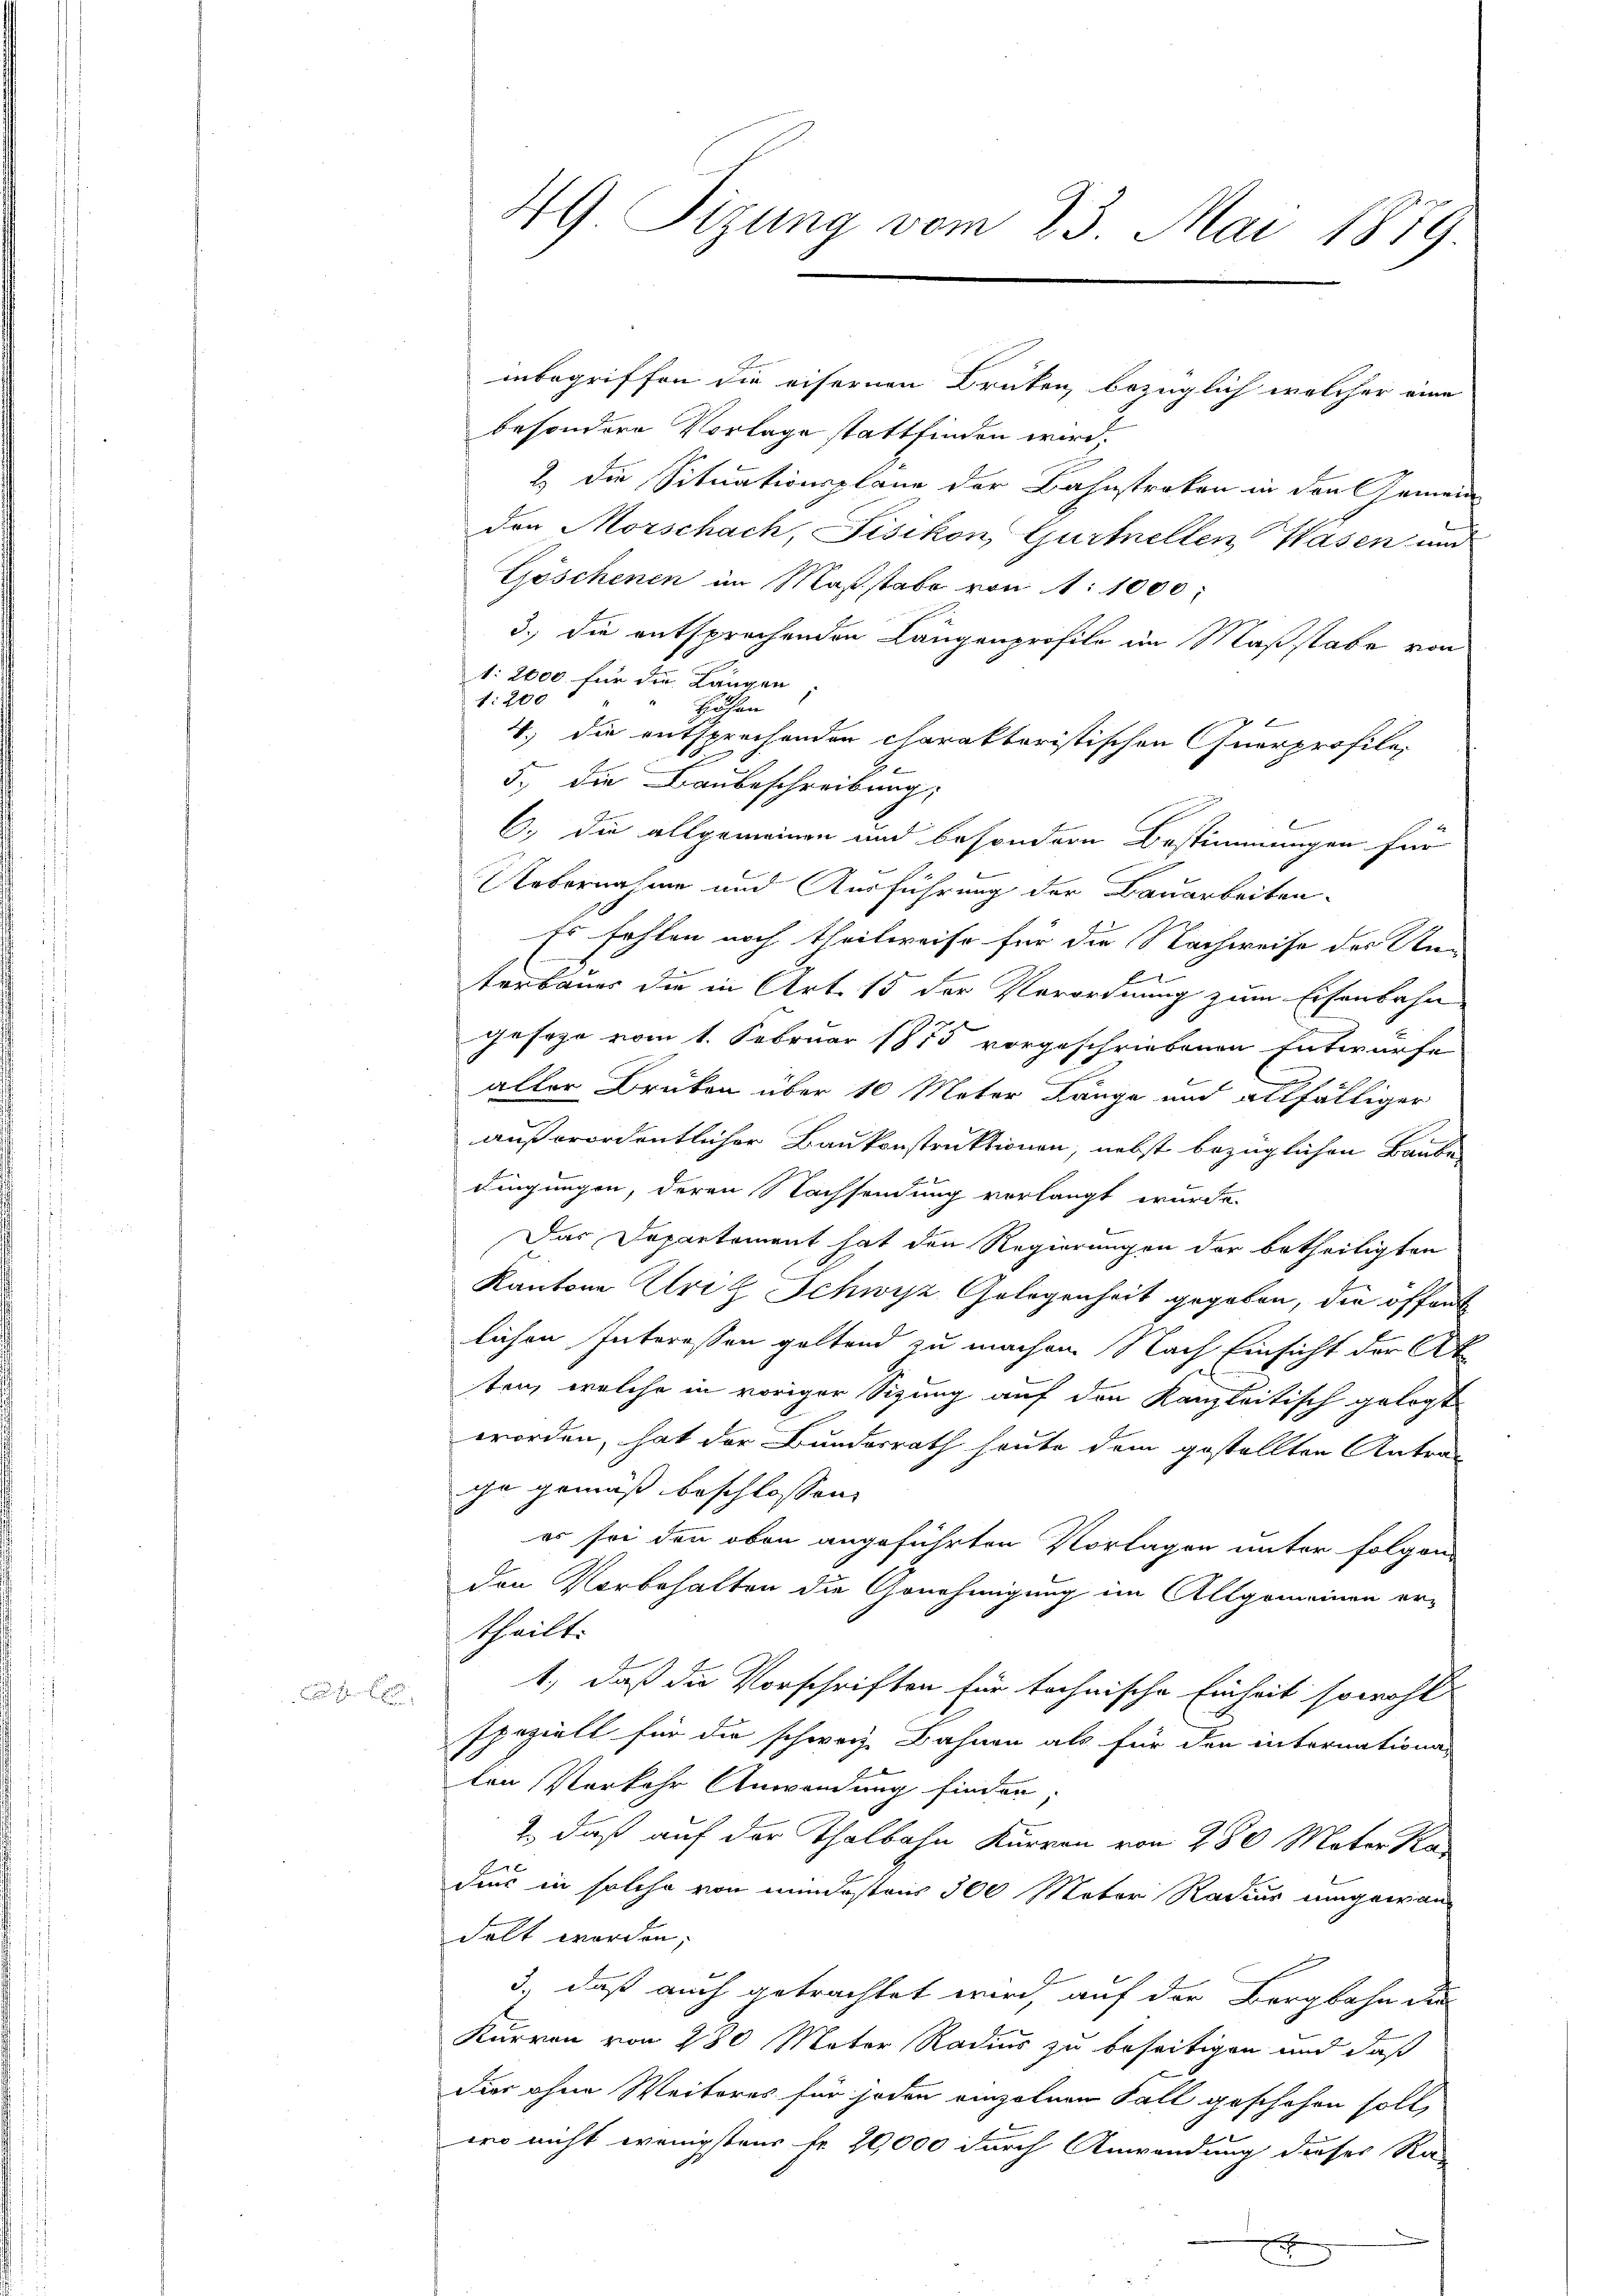
49 Sizung vom 23. Mai 1889

inbegriffen die eisernen Brüten, bezüglich welcher eine
besondere Vorlage stattfinden wird,
2 die Situationsplane der Bahnstraken in den Gemein
den Morschach, Fisikon, Gurtellen Wasen und
Göschenen im Maßstabe von 1. 1000:
3.) Die entsprechenden Längenprofile im Maßstabe von
1: 2000 für die Längen
1:200
Höfen
E
4.) die entsprechenden charakteristischen Quarprofile,
5.) Die Baubeschreibung,
E
6., die allgemeinen und besondern Bestimmungen für
Uebernahme und Ausführung der Bauarbeiten.
Es fehlen noch theilweise für die Nachweise des Un¬
1
terbauer die in Art. 15 der Verordnung zum Eisenbahn
gesage vom 1. Februar 1855 vorgeschriebenen Entwurfe
aller Brüken über 10 Meter Länge und allfälliger
außerordentlicher Baukonstruktionen, nebst bezüglichen Baube
dingungen, deren Nachsendung verlangt wurde.
Das Departement hat den Regierungen der betheiligten
Kantone Uri, Schwyz Gelegenheit gegeben, die offent
lichen Interessen geltend zu machen. Nach Einsicht der At
l
ten, welche in voriger Sizung auf den Kanzleitisch gelegt
worden, hat der Bundesrath heute dem gestellten Antra-
ie gemäß beschlossen:
er sei den oben angeführten Vorlagen unter folgen
den Vorbehalten die Genehmigung im Allgemeinen er-
theilt:
1, daß die Vorschriften für technische Einheit sowohl
speziell für die schweiz. Bahnen als für den internationa
ten Verkehr Anwendung finden;
1., daß auf der Thalbahn Kurren von 280 Mater Radur in solche von mindestens 300 Meter Radius umgewan
delt worden;
F
3, daß auch getrachtet wird, auf der Bergbahn du
Kurren von 280 Mater Radius zu beseitigen und daß
dier ohne Weiteres für jeden einzelnen Fall geschehen soll,
wo nicht wenigstens fr. 20,000 durch Anwendung dieser Ra-